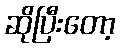
ဆိုပြီးတော့